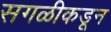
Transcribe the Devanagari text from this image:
सगळीकडून